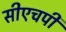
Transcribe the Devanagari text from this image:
सीएचपी